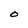
Character: O